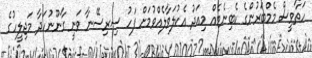
ހަތާވީސް މެމްބަރުންގެ ކެބިނެޓެއް މިއަދު އެކުލަވާލެއްވުމަށް ފަހު ސިރިސޭނާ ވަނީ ގާނޫނުހަދާ މަޖިލީހުގެ